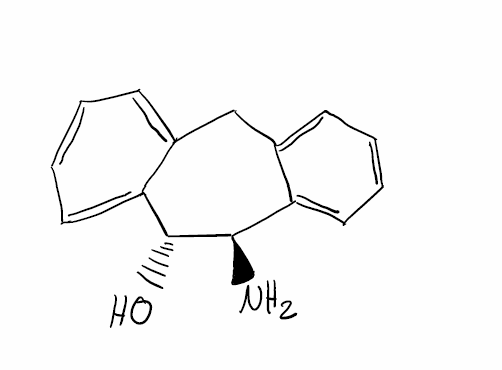
Simplified molecular-input line-entry system (SMILES) notation of the given molecule:
C1C2=CC=CC=C2[C@H]([C@@H](C3=CC=CC=C31)O)N